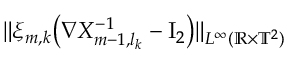
\| \xi _ { m , k } \bigl ( \nabla X _ { m - 1 , l _ { k } } ^ { - 1 } - \ensuremath { \mathrm { I } _ { 2 } } \bigr ) \| _ { L ^ { \infty } ( \ensuremath { \mathbb { R } } \times \ensuremath { \mathbb { T } } ^ { 2 } ) }